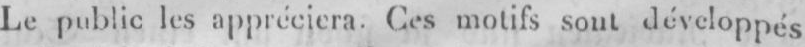
Le de les appréciera. Ces motifs sont développés